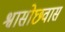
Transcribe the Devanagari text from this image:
श्वासोछवास